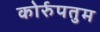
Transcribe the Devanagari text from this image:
कोर्रुपतुम